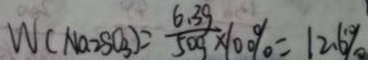
W ( N a _ { 2 } S O _ { 3 } ) = \frac { 6 . 3 9 } { 5 0 g } \times 1 0 0 \% = 1 2 . 6 \%